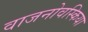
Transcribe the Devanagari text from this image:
वाजनोवस्किया